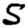
Digit: 5